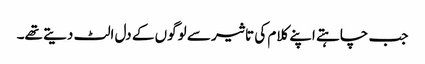
جب چاہتے اپنے کلام کی تاثیر سے لوگوں کے دل الٹ دیتے تھے۔